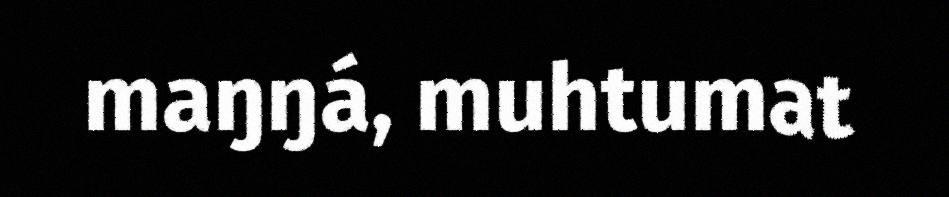
maŋŋá, muhtumat